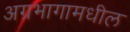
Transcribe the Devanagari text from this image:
अग्रभागामधील